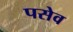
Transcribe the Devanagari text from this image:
पसेव